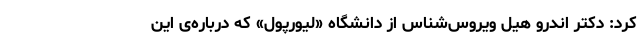
کرد: دکتر اندرو هیل ویروس‌شناس از دانشگاه «لیورپول» که درباره‌ی این